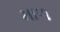
માળ